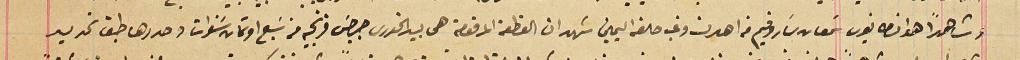
وشاهداً هوا انطانيوس سمعان سَاروفيم من اهدن وغب حلفه اليمين شهد ان القطعة المرقومة هى بيد الخورى جرجسَ فرنجيه من سَبع او ثمان سَنوات وحددها طبق تحديد